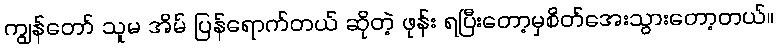
ကျွန်တော် သူမ အိမ် ပြန်ရောက်တယ် ဆိုတဲ့ ဖုန်း ရပြီးတော့မှစိတ်အေးသွားတော့တယ်။